Leaving Certificate Examination, 1911
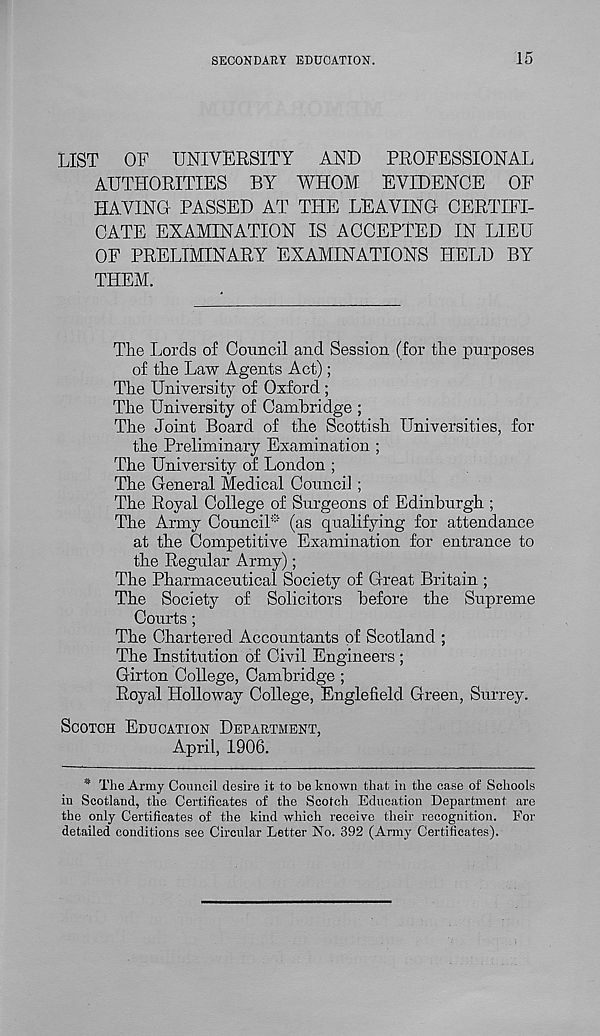
SECONDARY EDUCATION.
15
LIST OF UNIVERSITY AND PROFESSIONAL
AUTHORITIES BY WHOM EVIDENCE OF
HAVING PASSED AT THE LEAVING CERTIFI-
CATE EXAMINATION IS ACCEPTED IN LIEU
OF PRELIMINARY EXAMINATIONS HELD BY
THEM.
The Lords of Council and Session (for the purposes
of the Law Agents Act);
The University of Oxford ;
The University of Cambridge ;
The Joint Board of the Scottish Universities, for
the Preliminary Examination ;
The University of London ;
The General Medical Council;
The Royal College of Surgeons of Edinburgh ;
The Army Council* (as qualifying for attendance
at the Competitive Examination for entrance to
the Regular Army);
The Pharmaceutical Society of Great Britain ;
The Society of Solicitors before the Supreme
Courts;
The Chartered Accountants of Scotland ;
The Institution of Civil Engineers ;
Girton College, Cambridge ;
Royal Holloway College, Englefield Green, Surrey.
SCOTCH EDUCATION DEPARTMENT,
April, 1906.
* The Army Council desire it to be known that in the case of Schools
in Scotland, the Certificates of the Scotch Education Department are
the only Certificates of the kind which receive their recognition. For
detailed conditions see Circular Letter No. 392 (Army Certificates).